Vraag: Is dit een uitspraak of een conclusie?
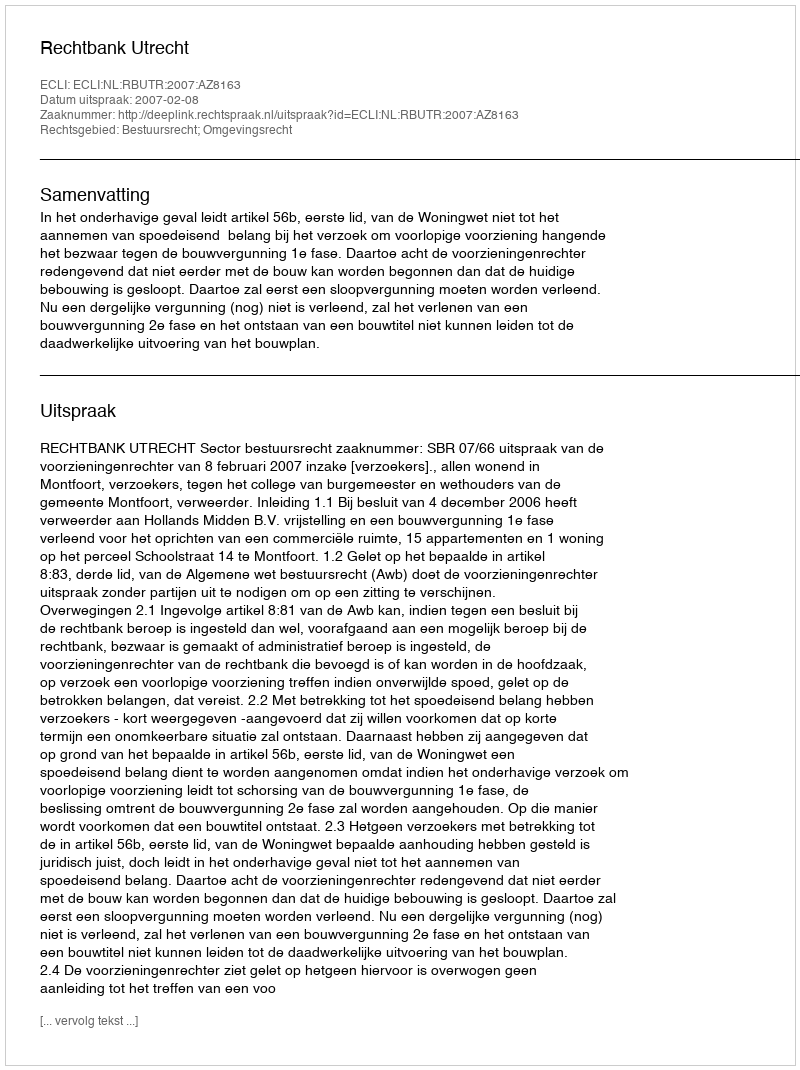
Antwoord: Uitspraak